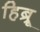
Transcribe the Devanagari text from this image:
हिब्र्रू